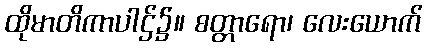
ထိုမာတိကာပါဌ်၌။ စတ္တာရော၊ လေးယောက်